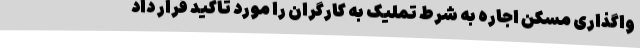
واگذاری مسکن اجاره به شرط تملیک به کارگران را مورد تاکید قرار داد